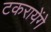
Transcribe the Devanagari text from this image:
टकरायेंगे